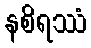
နစိရဿံ